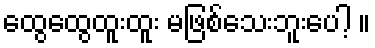
ထွေထွေထူးထူး မဖြစ်သေးဘူးပေါ့ ။